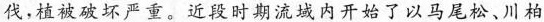
伐，植被破坏严重。近段时期流域内开始了以马尾松、川柏